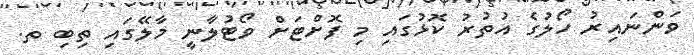
ވަންނައިރު ހޯލުގެ އުތުރު ކޮޅުގައި މި ފޮށްޓަށް ވޯޓުލާނީ މާލޭގައި ތިބި ތ.